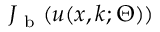
J _ { \mathrm { ~ b ~ } } ( u ( \boldsymbol { x } , \boldsymbol { k } ; \Theta ) )